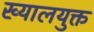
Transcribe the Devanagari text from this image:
ख्यालयुक्त